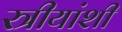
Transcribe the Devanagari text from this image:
स्त्रीयांशी